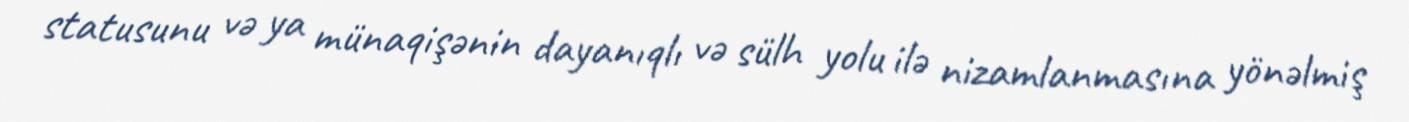
statusunu və ya münaqişənin dayanıqlı və sülh yolu ilə nizamlanmasına yönəlmiş